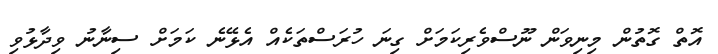
އޮތް ގޮތުން މިނިވަން ނޫސްވެރިކަމަށް ގިނަ ހުރަސްތަކެއް އެޅޭނެ ކަމަށް ސިނާނު ވިދާޅުވި